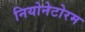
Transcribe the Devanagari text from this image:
नियोनेटोरम